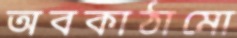
অবকাঠামো